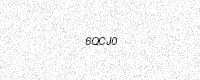
Text: 6QCJ0